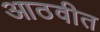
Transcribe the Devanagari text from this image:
आठवीत